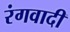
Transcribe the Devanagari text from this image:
रंगवादी